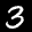
Label: 3